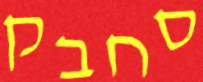
סחבק